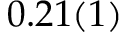
0 . 2 1 ( 1 )